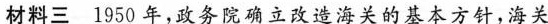
材料三 1950年，政务院确立改造海关的基本方针，海关